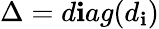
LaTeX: \Delta=d\mathbf{i}ag(d_{\mathbf{i}})